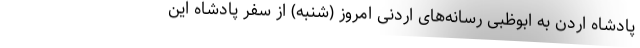
پادشاه اردن به ابوظبی رسانه‌های اردنی امروز (شنبه) از سفر پادشاه این